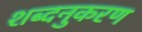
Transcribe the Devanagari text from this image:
शब्दनुकरण